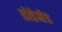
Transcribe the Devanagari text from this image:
डोडेमेड